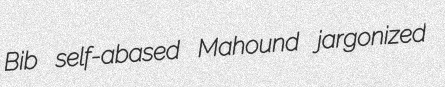
Bib self-abased Mahound jargonized